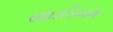
સાઇડિયમ